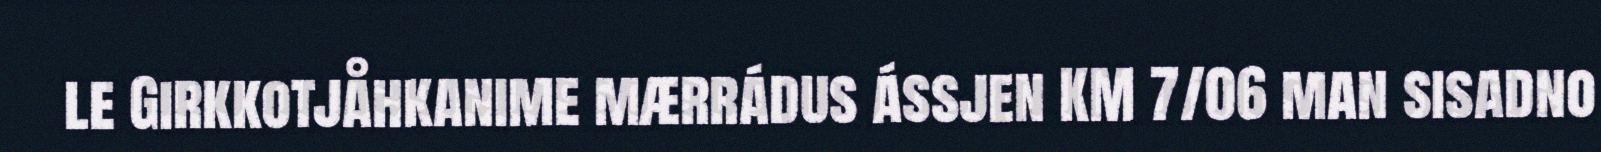
le Girkkotjåhkanime mærrádus ássjen KM 7/06 man sisadno